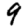
Digit: 9